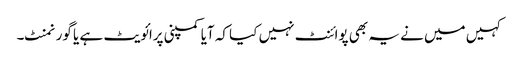
کہیں میں نے یہ بھی پوائنٹ نہیں کیا کہ آیا کمپنی پرائویٹ ہے یا گورنمنٹ۔